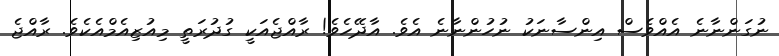
ނުގަންނާނެ އެއްވެސް އިންސާނަކު ނުހުންނާނެ އެވެ. އާދޭހެވެ! ރާއްޖެއަކީ ގުދުރަތީ މިއުޒިއެމްއެކެވެ. ރާއްޖެ